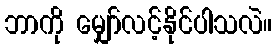
ဘာကို မျှော်လင့်နိုင်ပါသလဲ။